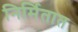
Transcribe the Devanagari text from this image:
निर्मितात